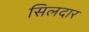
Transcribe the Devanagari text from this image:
सिलदार